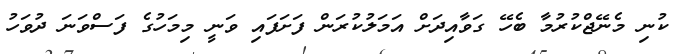
ކުނި މެނޭޖްކުރުމާ ބެހޭ ގަވާއިދަށް އަމަލުކުރަން ފަށަފައި ވަނީ މިމަހުގެ ފަސްވަނަ ދުވަހު